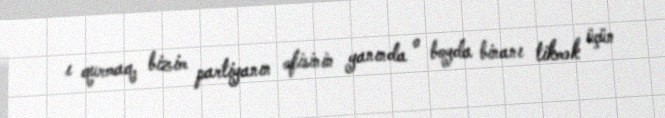
ı qurmaq, bizim partiyanın ofisinin yanında o boyda binanı tikmək üçün